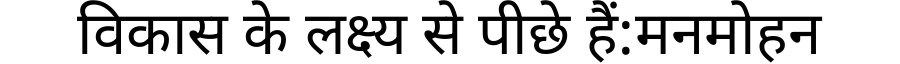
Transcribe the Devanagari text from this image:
विकास के लक्ष्य से पीछे हैं:मनमोहन